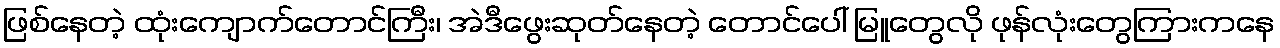
ဖြစ်နေတဲ့ ထုံးကျောက်တောင်ကြီး၊ အဲဒီဖွေးဆုတ်နေတဲ့ တောင်ပေါ် မြူတွေလို ဖုန်လုံးတွေကြားကနေ